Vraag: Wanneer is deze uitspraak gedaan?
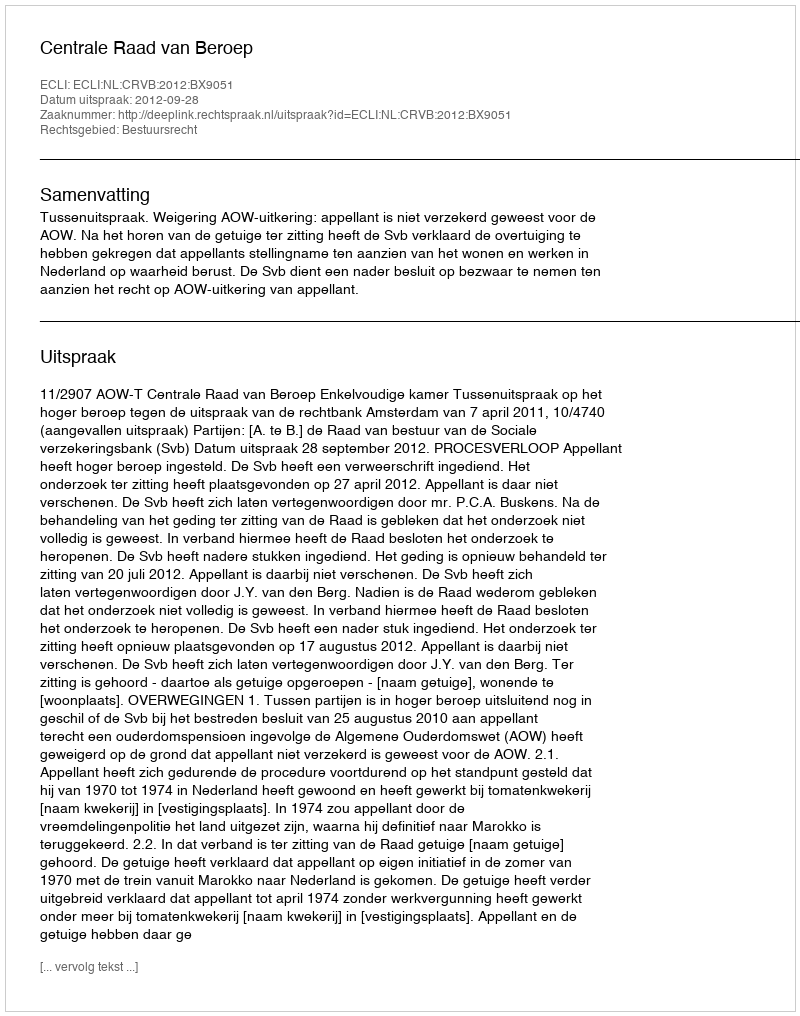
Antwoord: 2012-09-28